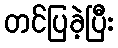
တင်ပြခဲ့ပြီး